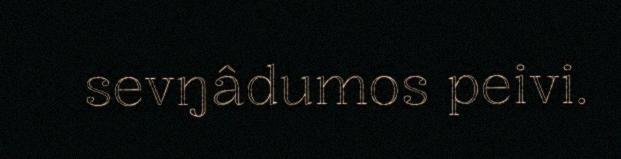
sevŋâdumos peivi.